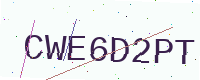
Text: CWE6D2PT